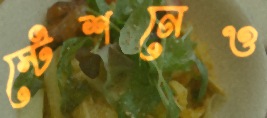
স্টেশনেও